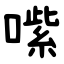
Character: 㗪